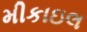
મીકાઇલ